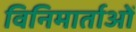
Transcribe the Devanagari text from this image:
विनिमार्ताओं